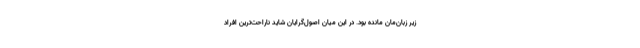
زیر زبان‌مان مانده بود. در این میان اصول‌گرایان شاید ناراحت‌ترین افراد